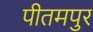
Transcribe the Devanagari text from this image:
पीतमपुर